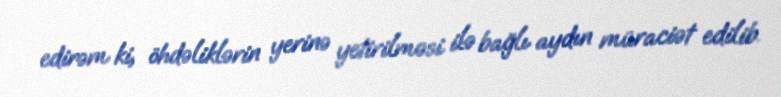
edirəm ki, öhdəliklərin yerinə yetirilməsi ilə bağlı aydın müraciət edilib.